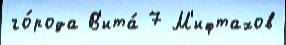
го́рода В'ита́ 7 М'ифтахов